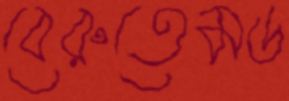
বেরুতেমড